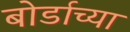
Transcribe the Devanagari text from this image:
बोर्डाच्‍या